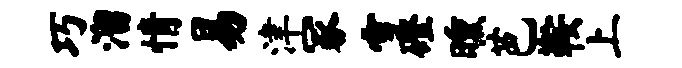
巧溜情易津冢雪磴曛芭鞍上